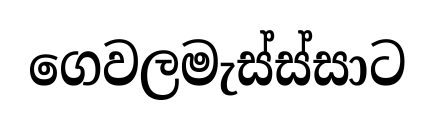
ගෙවලමැස්ස්සාට